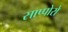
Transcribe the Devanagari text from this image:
साप्पोरो